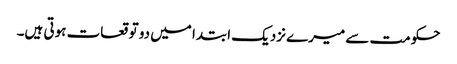
حکومت سے میرے نزدیک ابتدا میں دو توقعات ہوتی ہیں۔